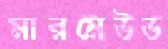
মারমেউড